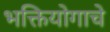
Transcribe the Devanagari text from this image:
भक्तियोगाचे